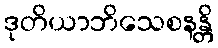
ဒုတိယာဘိသေစနန္တိ